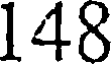
148